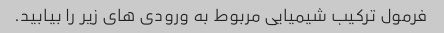
فرمول ترکیب شیمیایی مربوط به ورودی های زیر را بیابید.